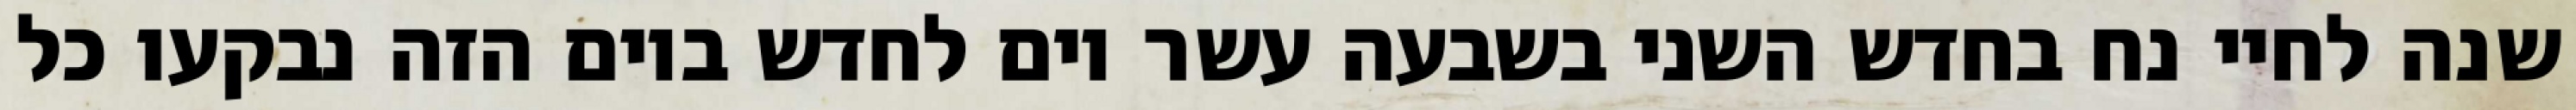
שנה לחיי נח בחדש השני בשבעה עשר יום לחדש ביום הזה נבקעו כל